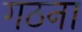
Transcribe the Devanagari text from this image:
गठना